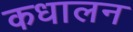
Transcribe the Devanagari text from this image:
कधालन